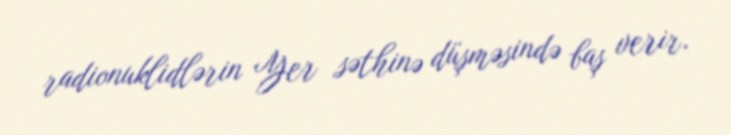
radionuklidlərin Yer səthinə düşməsində baş verir.